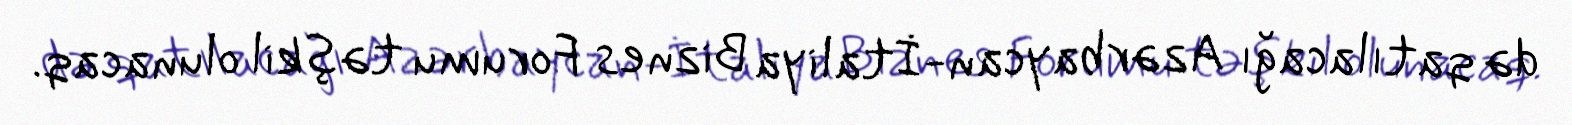
də qatılacağı Azərbaycan-İtaliya Biznes Forumu təşkil olunacaq.